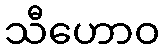
သီဟောဝ